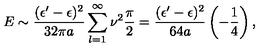
E \sim { \frac { ( \epsilon ^ { \prime } - \epsilon ) ^ { 2 } } { 3 2 \pi a } } \sum _ { l = 1 } ^ { \infty } \nu ^ { 2 } { \frac { \pi } { 2 } } = { \frac { ( \epsilon ^ { \prime } - \epsilon ) ^ { 2 } } { 6 4 a } } \left( - { \frac { 1 } { 4 } } \right) ,